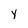
Character: y